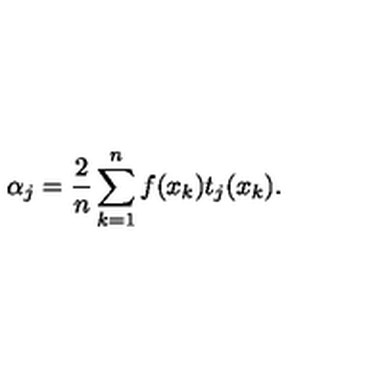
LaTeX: \alpha _ { j } = \frac { 2 } { n } \sum _ { k = 1 } ^ { n } f ( x _ { k } ) t _ { j } ( x _ { k } ) .